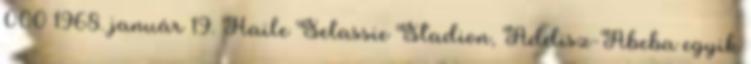
000 1968. január 19. Haile Selassie Stadion, Addisz-Abeba egyik